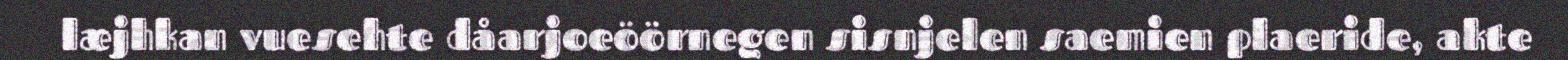
læjhkan vuesehte dåarjoeöörnegen sisnjelen saemien plaeride, akte